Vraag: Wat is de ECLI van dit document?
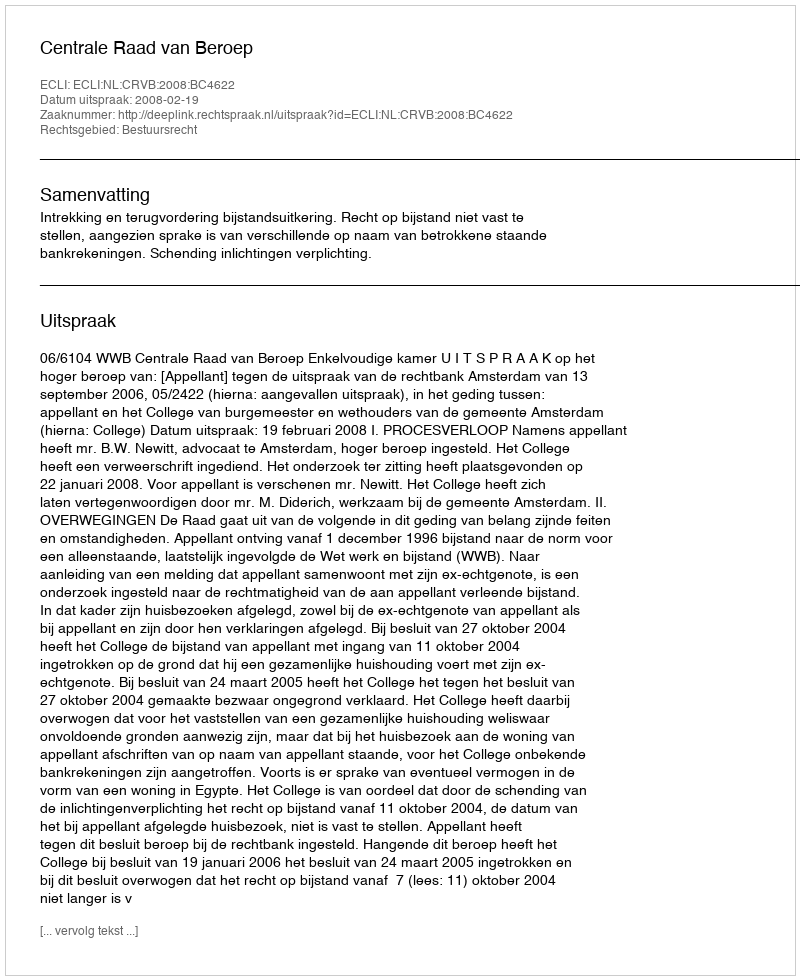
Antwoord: ECLI:NL:CRVB:2008:BC4622